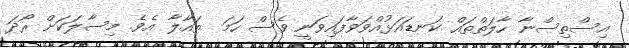
އިސްތިސްނާ ހާލަތްތައް ކަނޑައަޅުއްވަވާފައިވަނީ ވެސް ހަމަ  ތައާލާ އެވެ. މިސާލަކަށް ރޯދަ